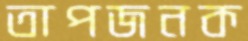
তাপজনক